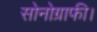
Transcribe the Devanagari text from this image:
सोनोग्राफी।